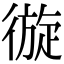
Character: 𢕐